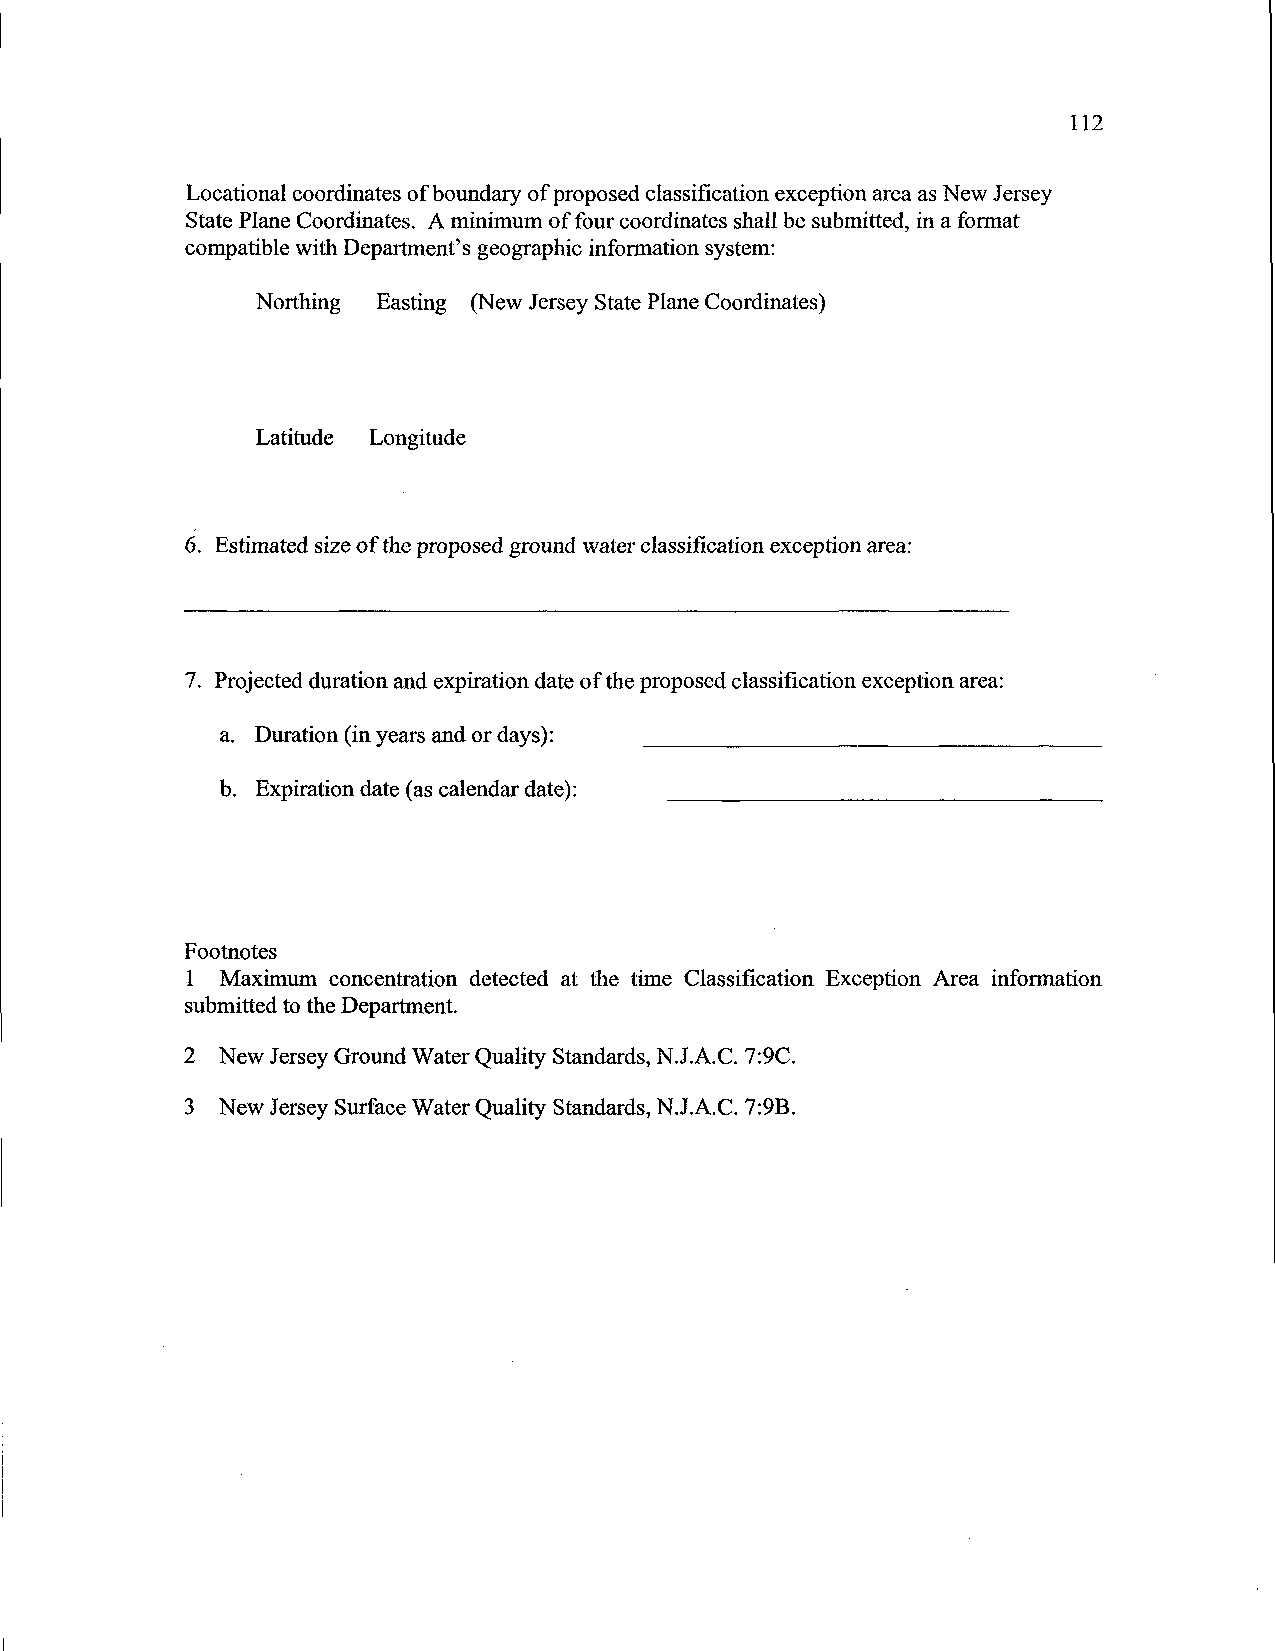
112
 Locational coordinates of boundary of proposed classifrcation exception area as New Jersey
 State Plane Coordinates. A minimum of four coordinates shall be submitted, in a format
 compatible with Department's geographic information system:
 Northing Easting (New Jersey State Plane Coordinates)
 Latitude Longitude
 6. Estimated size of the proposed ground water classifrcation exception area:
 7. Projected duration and expiration date of the proposed classifrcation exception area:
 a. Duration (in years and or days):
 b. Expiration date (as calendar date):
 Footnotes
 1 Maximum concentration detected at the time Classification Exception Area information
 submitted to the Department.
 2 New Jersey Ground Water Quality Standards, N.J.A.C. 7:9C.
 3 New Jersey Surface Water Quality Standards, N.J.A.C. 7:9B.